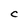
Character: C